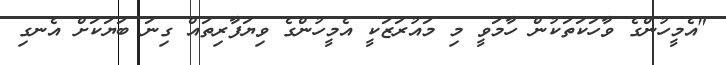
"އެމީހުންގެ ވާހަކަތަކުން ހާމަވީ މި މައުރަޒަކީ އެމީހުންގެ ވިޔަފާރިތައް ގިނަ ބަޔަކަށް އެނގި